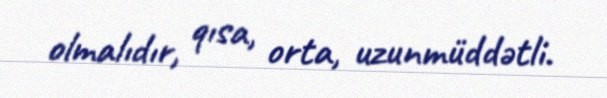
olmalıdır, qısa, orta, uzunmüddətli.